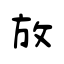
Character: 放